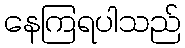
နေကြရပါသည်